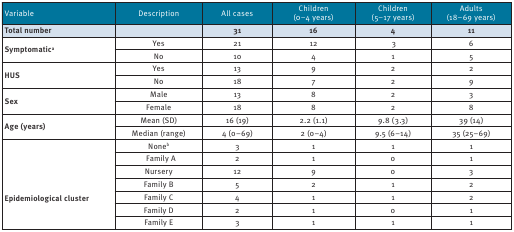
<table><thead><tr><td><b>Variable</b></td><td><b>Description</b></td><td><b>All cases</b></td><td><b>Children(0–4 years)</b></td><td><b>Children(5–17 years)</b></td><td><b>Adults(18–69 years)</b></td></tr></thead><tbody><tr><td><b>Total number</b></td><td></td><td><b>31</b></td><td><b>16</b></td><td><b>4</b></td><td><b>11</b></td></tr><tr><td rowspan="2"><b>Symptomatic<sup>a</sup></b></td><td>Yes</td><td>21</td><td>12</td><td>3</td><td>6</td></tr><tr><td>No</td><td>10</td><td>4</td><td>1</td><td>5</td></tr><tr><td rowspan="2"><b>HUS</b></td><td>Yes</td><td>13</td><td>9</td><td>2</td><td>2</td></tr><tr><td>No</td><td>18</td><td>7</td><td>2</td><td>9</td></tr><tr><td rowspan="2"><b>Sex</b></td><td>Male</td><td>13</td><td>8</td><td>2</td><td>3</td></tr><tr><td>Female</td><td>18</td><td>8</td><td>2</td><td>8</td></tr><tr><td rowspan="2"><b>Age (years)</b></td><td>Mean (SD)</td><td>16 (19)</td><td>2.2 (1.1)</td><td>9.8 (3.3)</td><td>39 (14)</td></tr><tr><td>Median (range)</td><td>4 (0–69)</td><td>2 (0–4)</td><td>9.5 (6–14)</td><td>35 (25–69)</td></tr><tr><td rowspan="7"><b>Epidemiological cluster</b></td><td>None<sup>b</sup></td><td>3</td><td>1</td><td>1</td><td>1</td></tr><tr><td>Family A</td><td>2</td><td>1</td><td>0</td><td>1</td></tr><tr><td>Nursery</td><td>12</td><td>9</td><td>0</td><td>3</td></tr><tr><td>Family B</td><td>5</td><td>2</td><td>1</td><td>2</td></tr><tr><td>Family C</td><td>4</td><td>1</td><td>1</td><td>2</td></tr><tr><td>Family D</td><td>2</td><td>1</td><td>0</td><td>1</td></tr><tr><td>Family E</td><td>3</td><td>1</td><td>1</td><td>1</td></tr></tbody></table>